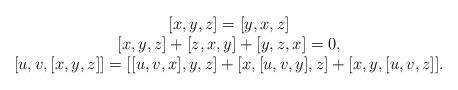
LaTeX: \begin{align*} \begin{matrix}[x,y,z]=[y,x,z]\\ [x, y, z] + [z, x, y] + [y, z, x] = 0,\\ [u, v, [x, y, z]] = [[u, v, x], y, z] + [x, [u, v, y], z] + [x, y, [u, v, z]]. \end{matrix}\end{align*}